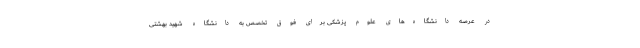
در عرصه دانشگاه‌های علوم پزشکی برای فوق تخصص به دانشگاه شهید بهشتی